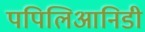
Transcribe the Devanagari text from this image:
पपिलिआनिडी